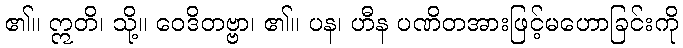
၏။ ဣတိ၊ သို့။ ဝေဒိတဗ္ဗာ၊ ၏။ ပန၊ ဟီန ပဏိတအားဖြင့်မဟောခြင်းကို